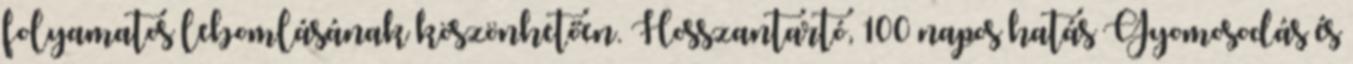
folyamatos lebomlásának köszönhetően. Hosszantartó, 100 napos hatás Gyomosodás és